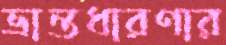
ভ্রান্তধারণার